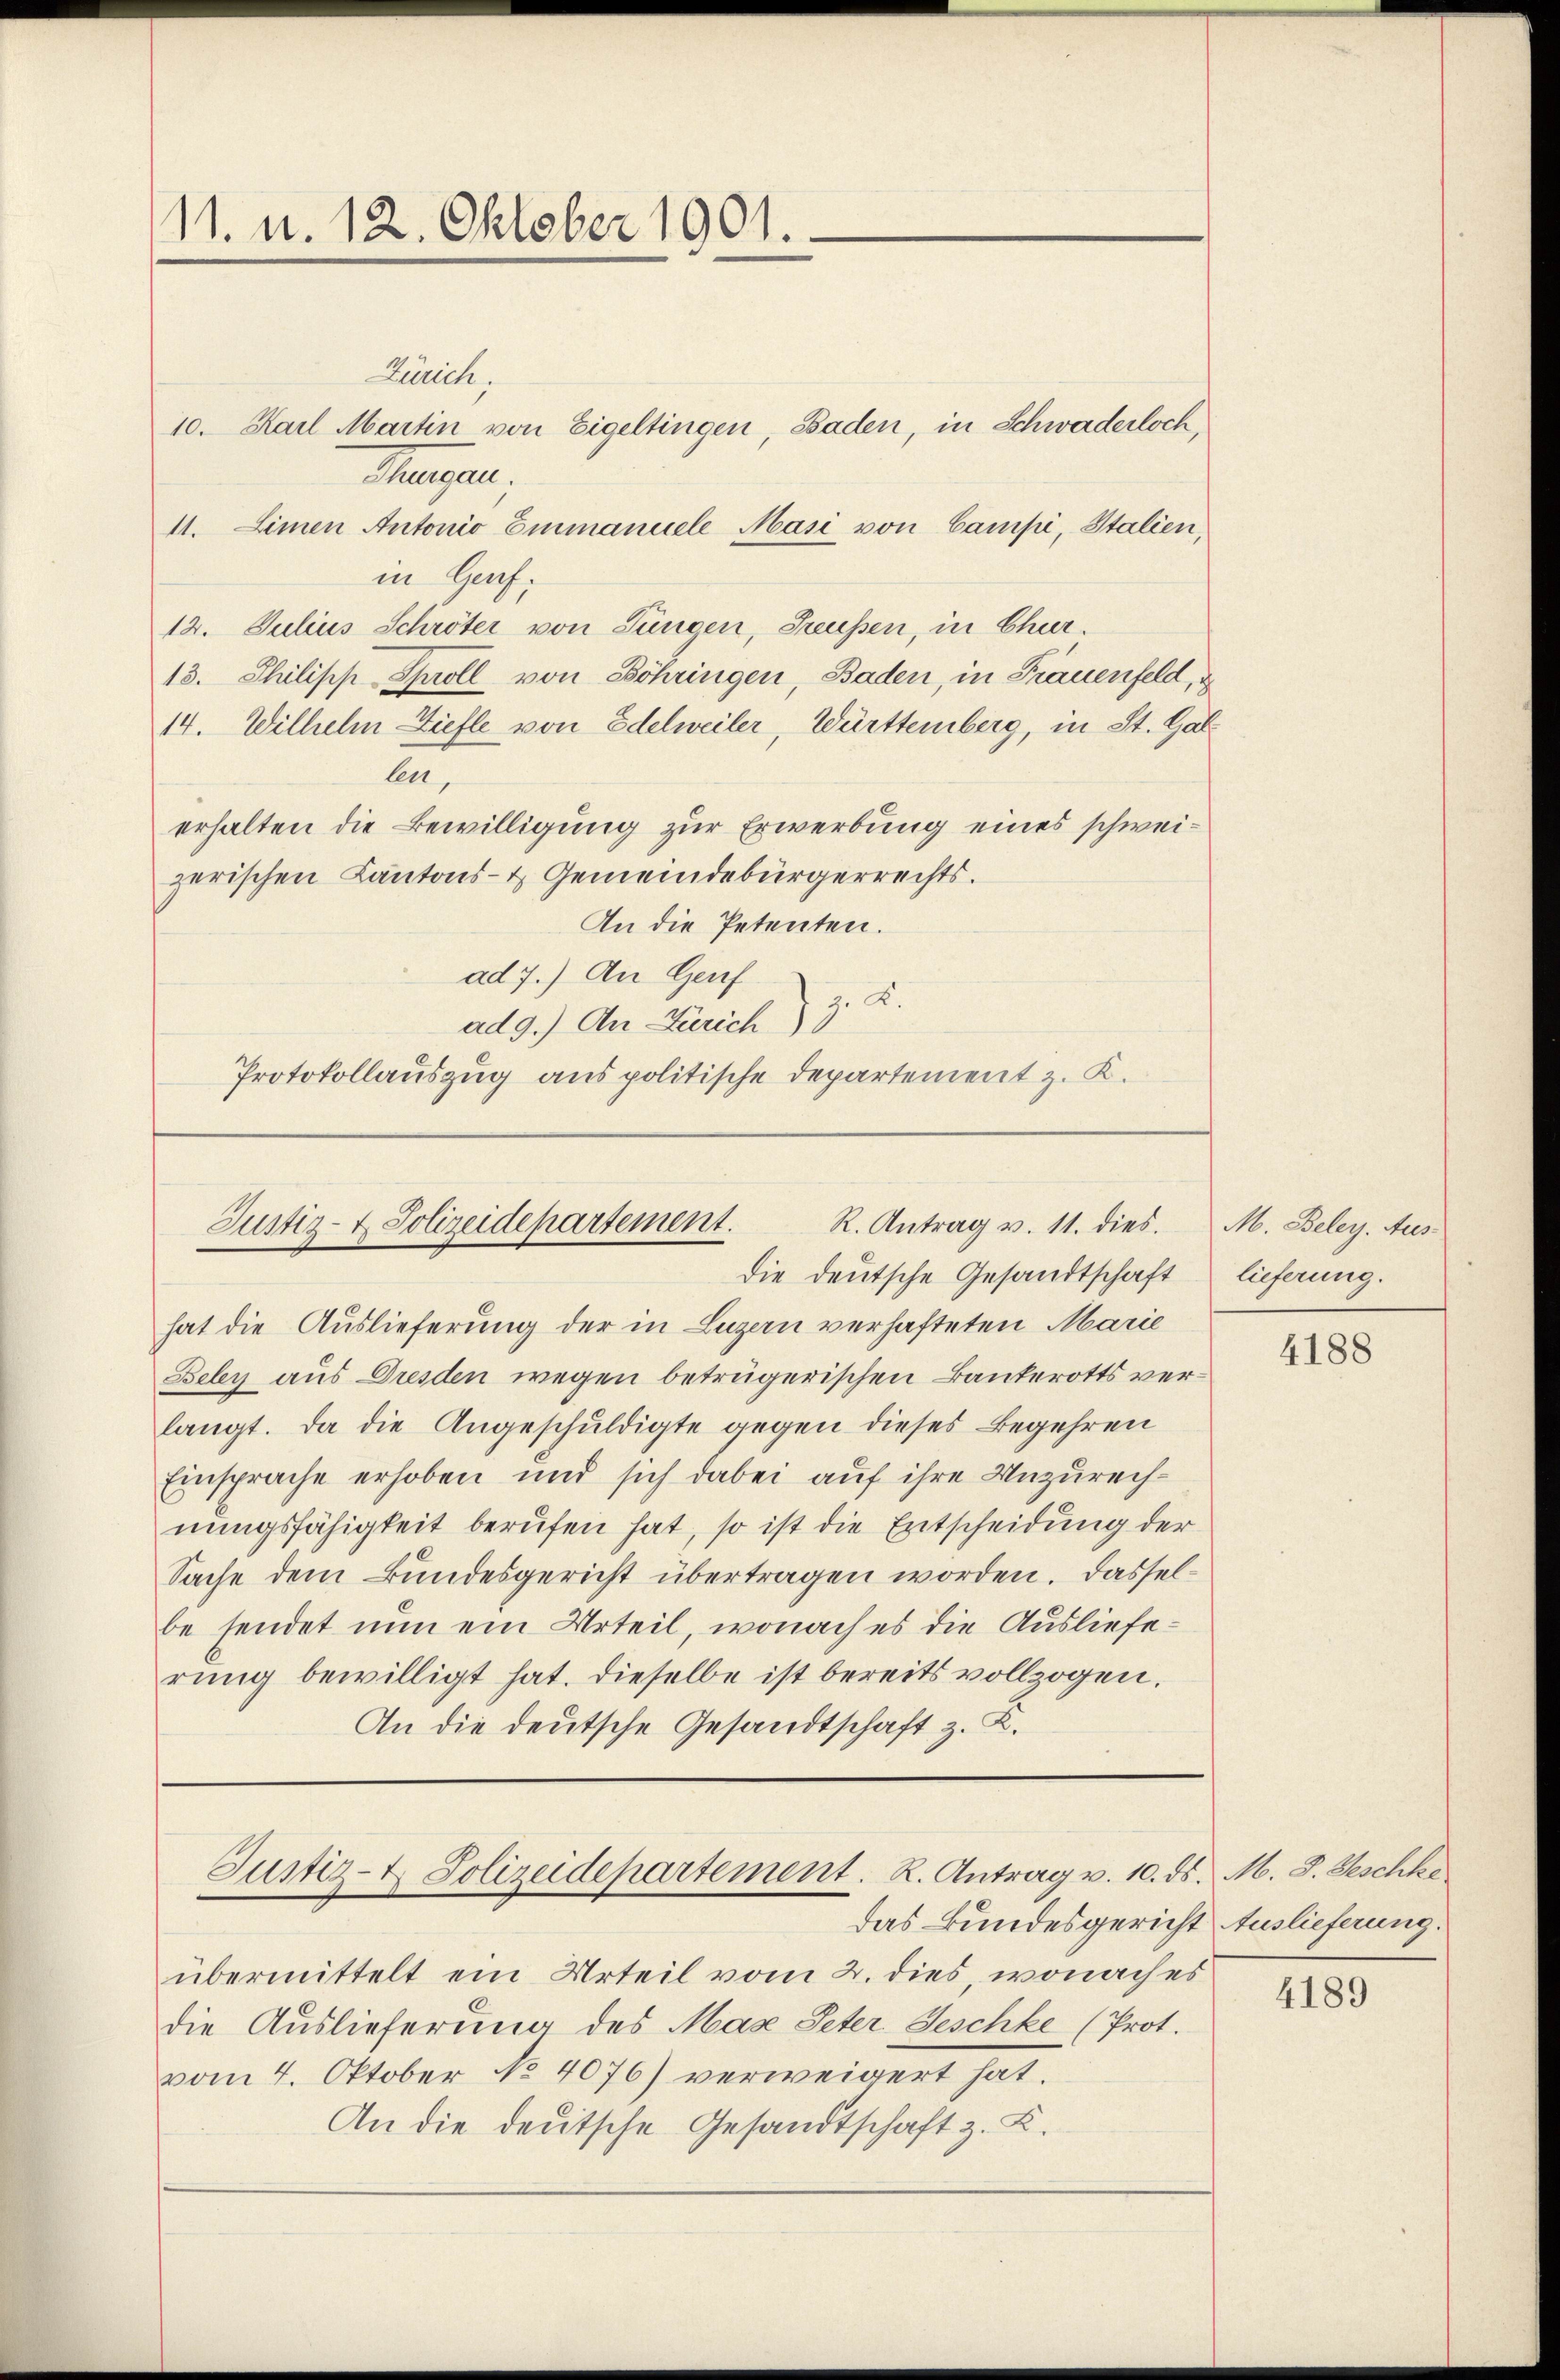
11. u. 12. Oktober 1901.

Zürich.
10. Karl Martin von Eigeltingen Baden, in Schwaderloch,
Meuper.
11. Limen Antonio Einmanuele Masi von Campi, Italien,
in Genf.
12. Julius Schröter von Jungen, Freussen, in Chur.
13. Philipp Sproll von Böhringen, Baden, in Frauenfeld, d
14. Wilhelm Ziefle von Edelweiler, Württemberg, in St. Gallen,
erhalten die Bewilligung zur Erwerbung eines schweizerischen Kantons- & Gemeindebürgerrechts.
An die Petenten.
ad 7.) An Genf
z. B.
ad 9.) An Zürich) 3
Protokollauszug aus politische Departement z. K.

R. Antrag v. 11. dies.
Justiz- & Polizeidepartement.
die deutsche Gesandtschaft

hat die Auslieferung der in Luzern verhafteten Marie
Bely aus Dresden wegen betrügerischen Bankerotts verlangt. Da die Angeschuldigte gegen dieses Begehren
Einsprache erhoben und sich dabei auf ihre Unzurechnungsfähigkeit berufen hat, so ist die Entscheidung der
Sache dem Bundesgericht übertragen worden. Dasselbe sendet nun ein Urteil, wonach es die Auslieferung bewilligt hat. Dieselbe ist bereits vollzogen.
An die deutsche Gesandtschaft z. K.

Justiz-t. Polizeidepartement. K. Antrag v. 10. ds. M. D. Geschke
das Bundesgericht Auslieferung.

übermittelt ein Urteil vom 2. dies, wonach es
die Auslieferung des Mase Peter Geschke (Prot.
vom 4. Oktober No 4076) verweigert hat.
An die deutsche Gesandtschaft z. B.

M. Beley. Auslieferung.

4188

4189